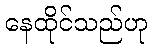
နေထိုင်သည်ဟု